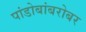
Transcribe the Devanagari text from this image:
पांडोबांबरोबर